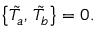
\bigl \{ \tilde { T } _ { a } , \, \tilde { T } _ { b } \bigr \} = 0 .